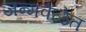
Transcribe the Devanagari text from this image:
जन्मवेळेत